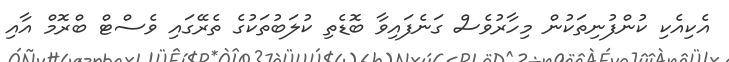
އެކިއެކި ކުންފުނިތަކުން މިހާރުވެސް ގަނެފައިވާ ބޮޑެތި ކުލަބުތަކުގެ ތެރޭގައި ވެސްޓް ބްރޮމް އާއި